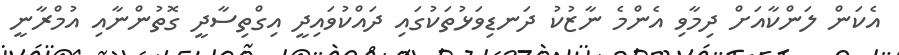
އެކަން ލަންކާއަށް ދިމާވި އެންމެ ނާޒުކު ދަނޑިވަޅުތަކުގައި ދައްކުވައިދީ އިގްތިސާދީ ގޮތުންނާއި އުމްރާނީ